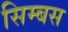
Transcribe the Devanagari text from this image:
सिम्बस